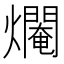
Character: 𤑷